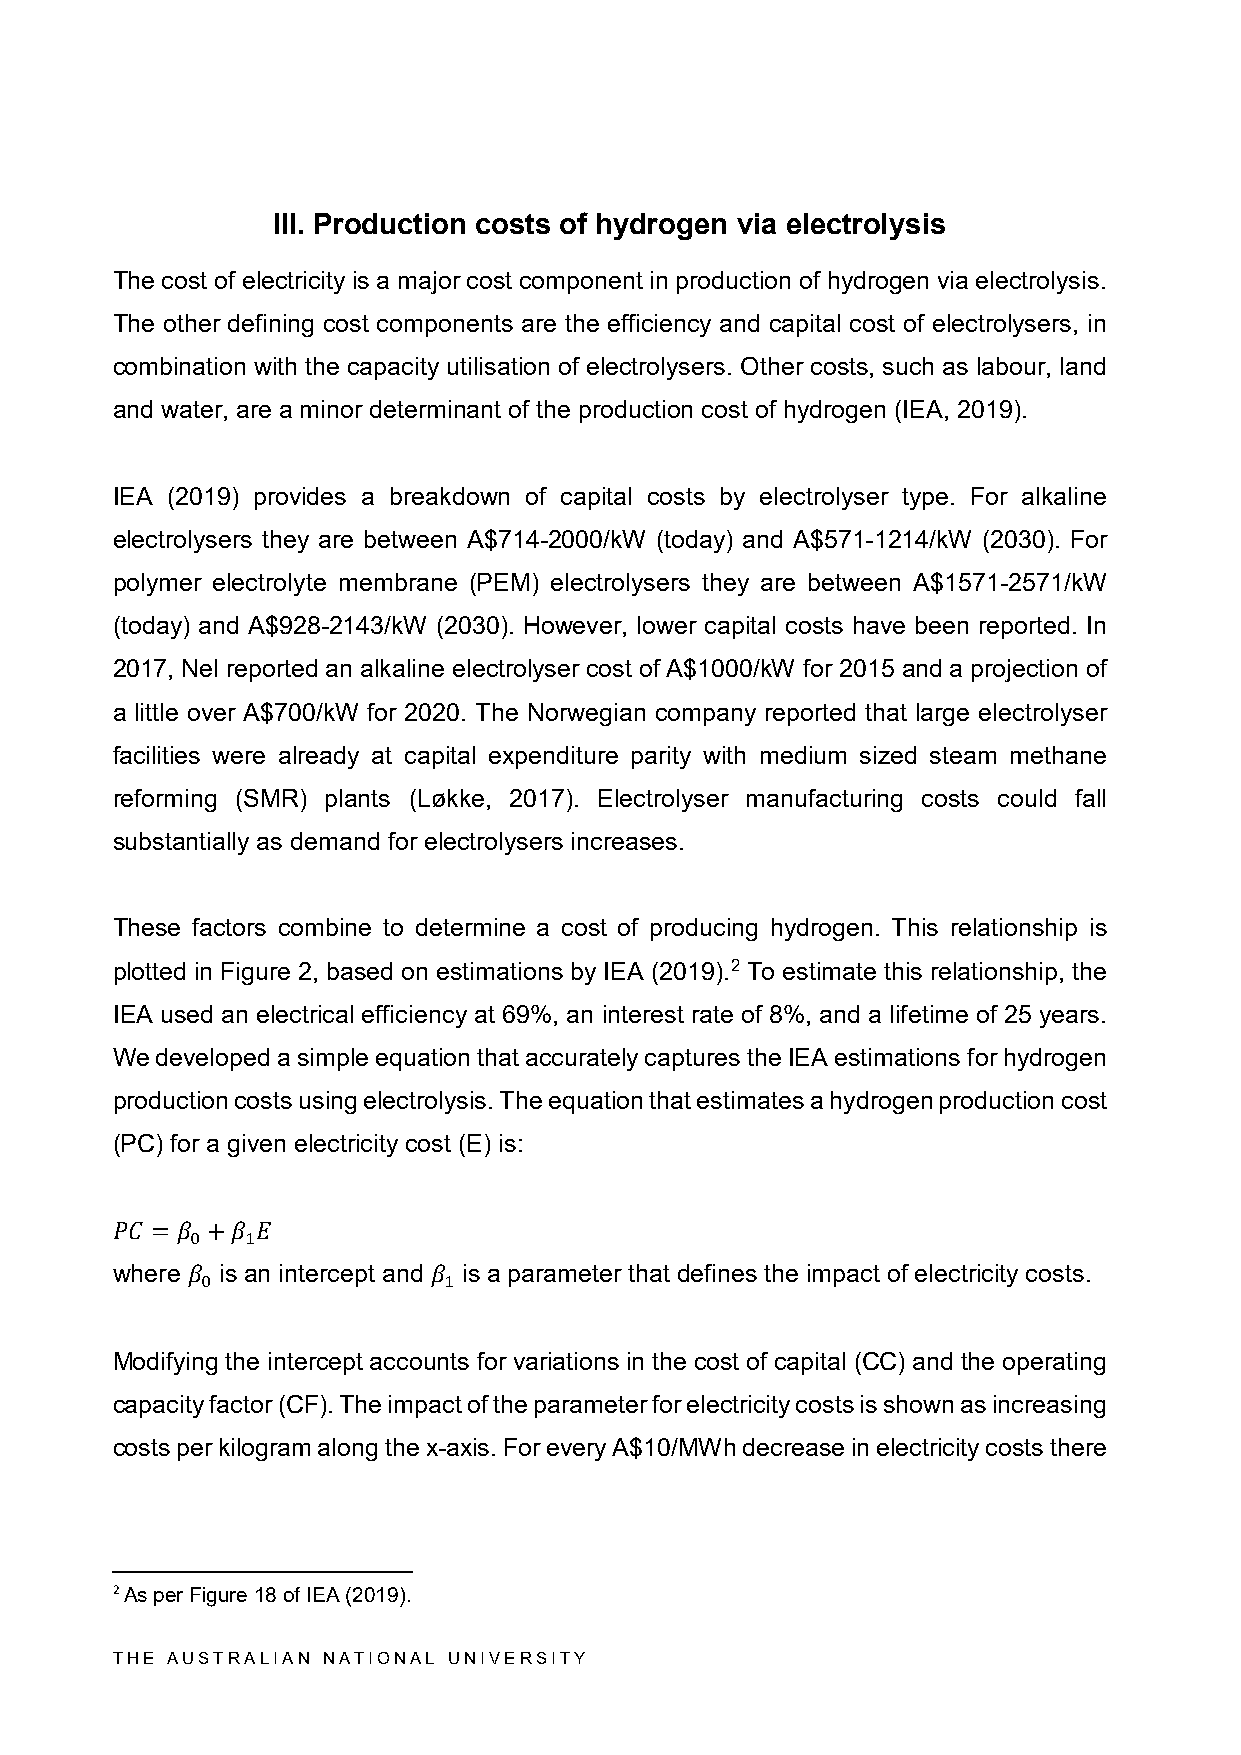
III. Production costs of hydrogen via electrolysis
 The cost of electricity is a major cost component in production of hydrogen via electrolysis.
 The other defining cost components are the efficiency and capital cost of electrolysers, in
 combination with the capacity utilisation of electrolysers. Other costs, such as labour, land
 and water, are a minor determinant of the production cost of hydrogen (IEA, 2019).
 IEA (2019) provides a breakdown of capital costs by electrolyser type. For alkaline
 electrolysers they are between A$714-2000/kW (today) and A$571-1214/kW (2030). For
 polymer electrolyte membrane (PEM) electrolysers they are between A$1571-2571/kW
 (today) and A$928-2143/kW (2030). However, lower capital costs have been reported. In
 2017, Nel reported an alkaline electrolyser cost of A$1000/kW for 2015 and a projection of
 a little over A$700/kW for 2020. The Norwegian company reported that large electrolyser
 facilities were already at capital expenditure parity with medium sized steam methane
 reforming (SMR) plants (Løkke, 2017). Electrolyser manufacturing costs could fall
 substantially as demand for electrolysers increases.
 These factors combine to determine a cost of producing hydrogen. This relationship is
 plotted in Figure 2, based on estimations by IEA (2019).2 To estimate this relationship, the
 IEA used an electrical efficiency at 69%, an interest rate of 8%, and a lifetime of 25 years.
 We developed a simple equation that accurately captures the IEA estimations for hydrogen
 production costs using electrolysis. The equation that estimates a hydrogen production cost
 (PC) for a given electricity cost (E) is:
 𝑃𝑃w 𝑃𝑃he =re 𝛽𝛽 0 + is 𝛽𝛽 a1𝐸𝐸n intercept and is a parameter that defines the impact of electricity costs.
 𝛽𝛽0             𝛽𝛽1
 Modifying the intercept accounts for variations in the cost of capital (CC) and the operating
 capacity factor (CF). The impact of the parameter for electricity costs is shown as increasing
 costs per kilogram along the x-axis. For every A$10/MWh decrease in electricity costs there
 2 As per Figure 18 of IEA (2019).
 THE AUSTRALIAN NATIONAL UNIVERSITY